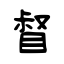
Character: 督